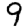
Digit: 9